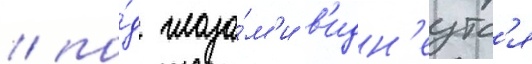
/ по́д глаза́м'и в'идн'еутс'я